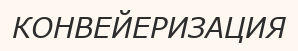
КОНВЕЙЕРИЗАЦИЯ